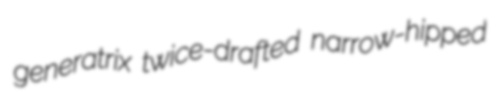
generatrix twice-drafted narrow-hipped